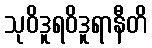
သုဝိဒူရဝိဒူရာနီတိ